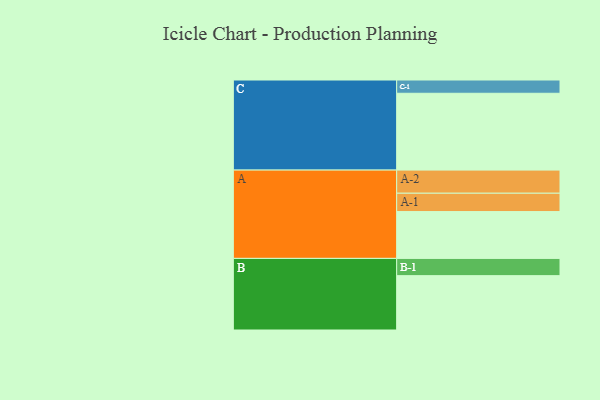
{"axis": {"x": "Segment", "y": "Value"}, "legend": ["", "A", "B", "C"], "data": [{"x": "A", "y": 342, "type": ""}, {"x": "B", "y": 397, "type": ""}, {"x": "C", "y": 561, "type": ""}, {"x": "A-1", "y": 134, "type": "A"}, {"x": "A-2", "y": 169, "type": "A"}, {"x": "B-1", "y": 126, "type": "B"}, {"x": "C-1", "y": 97, "type": "C"}]}